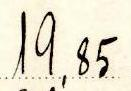
19,85